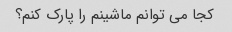
کجا می توانم ماشینم را پارک کنم؟